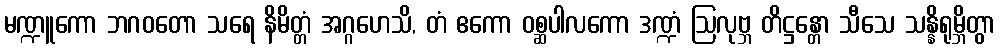
မဏ္ဍူကော ဘဂဝတော သရေ နိမိတ္တံ အဂ္ဂဟေသိ, တံ ဧကော ဝစ္ဆပါလကော ဒဏ္ဍံ ဩလုဗ္ဘ တိဋ္ဌန္တော သီသေ သန္နိရုမ္ဘိတွာ